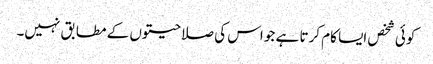
کوئی شخص ایسا کام کرتا ہے جو اس کی صلاحیتوں کے مطابق نہیں۔